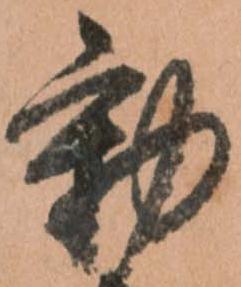
動